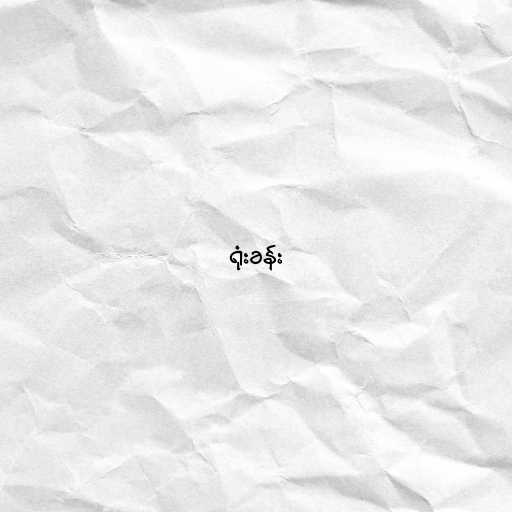
ရုံးခန်း